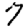
Digit: 7